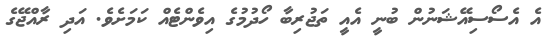
އެ އެސޯސިއޭޝަނުން ބުނީ އެއީ ތަޖުރިބާ ހޯދުމުގެ އިވެންޓެއް ކަމަށެވެ. އަދި ރާއްޖޭގެ